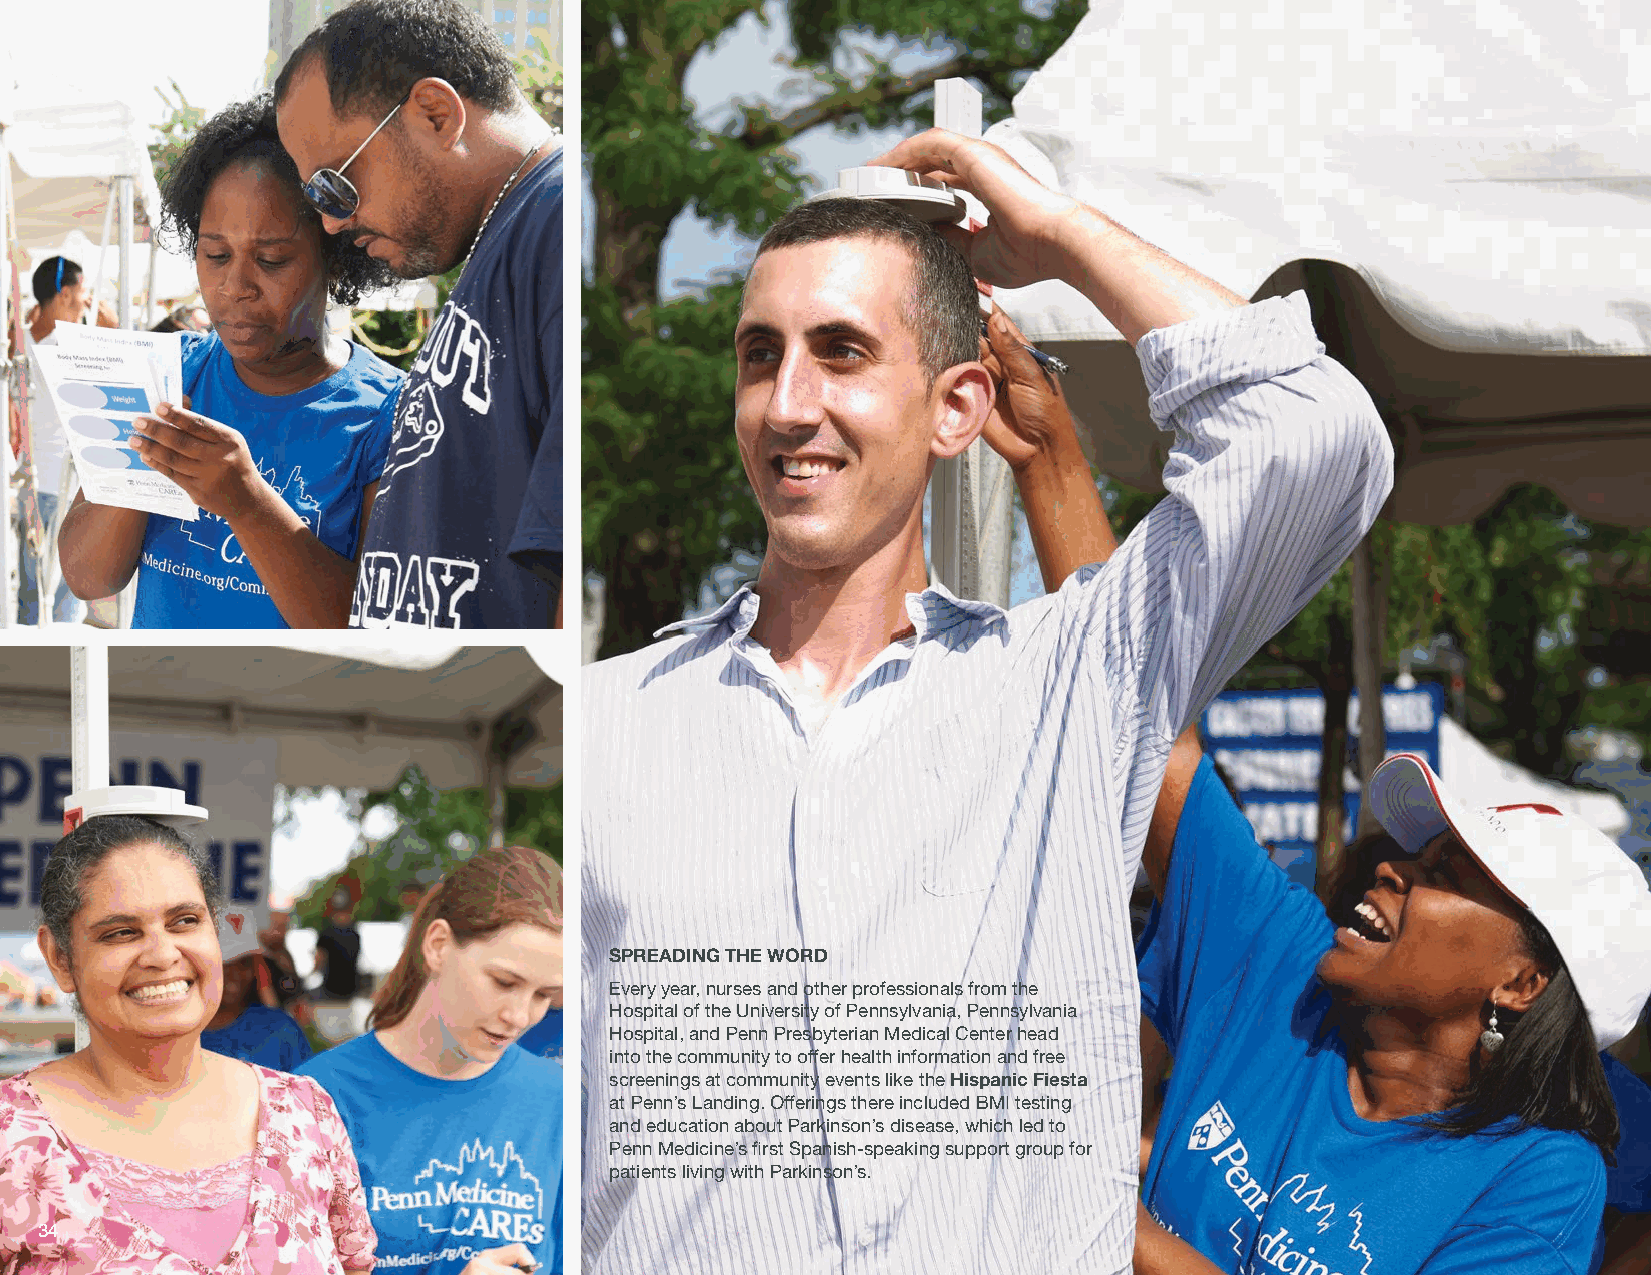
SPREADING THE WORD
 Every year, nurses and other professionals from the
 Hospital of the University of Pennsylvania, Pennsylvania
 Hospital, and Penn Presbyterian Medical Center head
 into the community to offer health information and free
 screenings at community events like the Hispanic Fiesta
 at Penn’s Landing. Offerings there included BMI testing
 and education about Parkinson’s disease, which led to
 Penn Medicine’s first Spanish-speaking support group for
 patients living with Parkinson’s.
 34